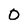
Character: 0